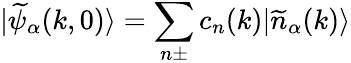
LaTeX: |\widetilde{\psi}_{\alpha}(k,0)\rangle=\sum_{n\pm}c_{n}(k)|\widetilde{n}_{\alpha}(k)\rangle